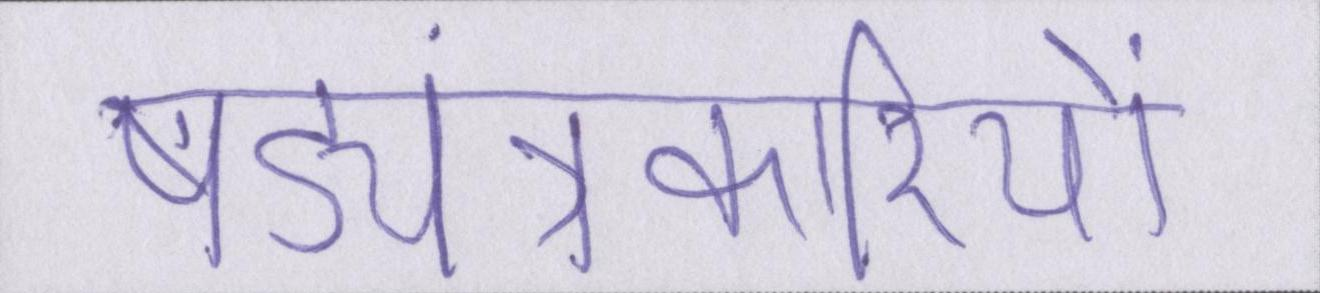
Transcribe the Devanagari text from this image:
षड्यंत्रकारियों